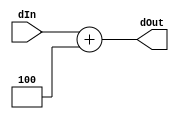
module PCIncrement(dIn, dOut);
	input [31:0] dIn;
	output [31:0] dOut;
	assign dOut = dIn + 32'd4;
endmodule